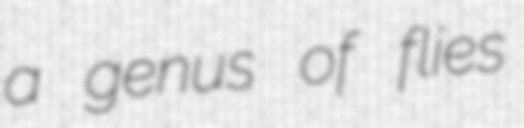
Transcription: a genus of flies